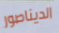
الديناصور